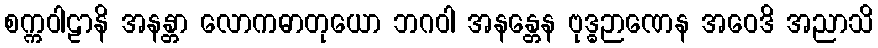
စက္ကဝါဠာနိ အနန္တာ လောကဓာတုယော ဘဂဝါ အနန္တေန ဗုဒ္ဓဉာဏေန အဝေဒိ အညာသိ